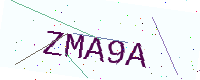
Text: ZMA9A